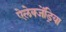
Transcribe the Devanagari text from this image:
ऐलेक्जेंड्रिया